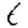
Digit: 6